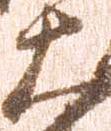
大